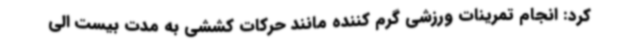
کرد: انجام تمرینات ورزشی گرم کننده مانند حرکات کششی به مدت بیست الی